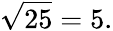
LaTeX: {\sqrt{25}}=5.